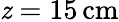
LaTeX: \mathit{z}=15\, \mathrm{{cm}}